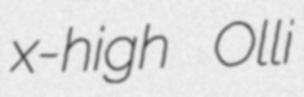
x-high Olli